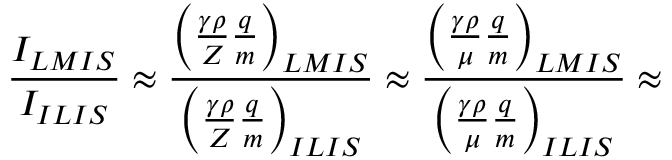
\frac { I _ { L M I S } } { I _ { I L I S } } \approx \frac { \left( \frac { \gamma \rho } { Z } \frac { q } { m } \right) _ { L M I S } } { \left( \frac { \gamma \rho } { Z } \frac { q } { m } \right) _ { I L I S } } \approx \frac { \left( \frac { \gamma \rho } { \mu } \frac { q } { m } \right) _ { L M I S } } { \left( \frac { \gamma \rho } { \mu } \frac { q } { m } \right) _ { I L I S } } \approx